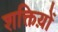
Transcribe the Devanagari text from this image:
शक्तिय़ों